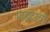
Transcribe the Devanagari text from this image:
माझदाची